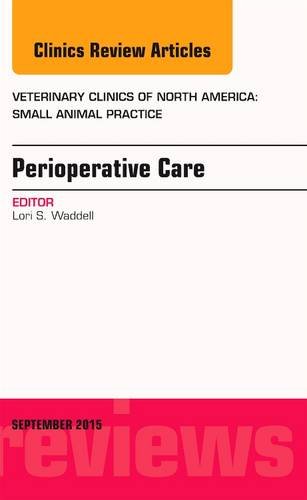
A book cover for Perioperative Care, An Issue of Veterinary Clinics of North America: Small Animal Practice, 1e (The Clinics: Veterinary Medicine); Lori S. Waddell; Medical Books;